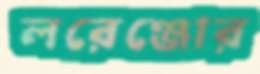
লরেঞ্জোর